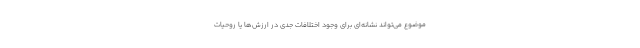
موضوع می‌تواند نشانه‌ای برای وجود اختلافات جدی در ارزش‌ها یا روحیات